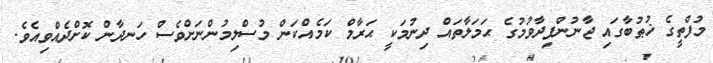
މުފްތީގެ ޚުޠުބާގައި ޖާނުންފިދާވުމުގެ ޙަމަލާތައް ދިނުމަކީ ޙަރާމް ކަމެއްކަން މުސްލިމުންނަށްވެސް ހަނދާން ކޮށްދެއްވިއެވެ.